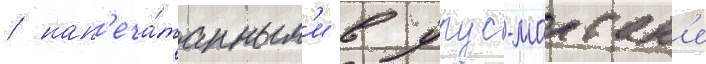
/ нап'еча́танным'и в урус-мартан'е